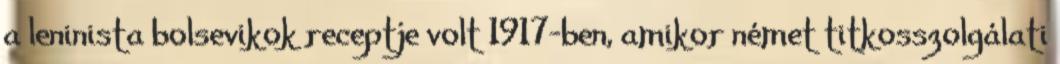
a leninista bolsevikok receptje volt 1917-ben, amikor német titkosszolgálati